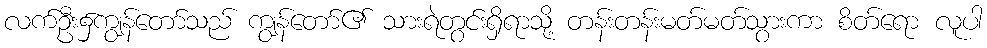
လက်ဦး၌ကျွန်တော်သည် ကျွန်တော်၏ သားရဲတွင်းရှိရာသို့ တန်းတန်းမတ်မတ်သွားကာ စိတ်ရော လူပါ